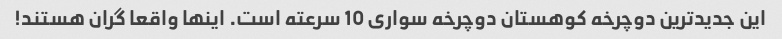
این جدیدترین دوچرخه کوهستان دوچرخه سواری 10 سرعته است. اینها واقعا گران هستند!